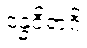
ဒန္ဓဝိရာဂိ